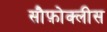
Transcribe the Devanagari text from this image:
सौफ़ोक्लीस